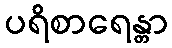
ပရိစာရေန္တာ